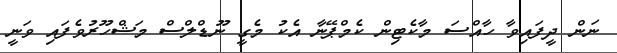
ނަން ދީފައިވާ ހާއްސަ މާކެޓިން ކެމްޕޭނާ އެކު މެގީ ނޫޑްލްސް މަޝްހޫރުވެފައި ވަނީ